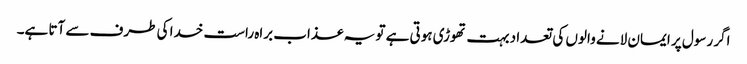
اگر رسول پر ایمان لانے والوں کی تعداد بہت تھوڑی ہوتی ہے تو یہ عذاب براہ راست خدا کی طرف سے آتا ہے۔